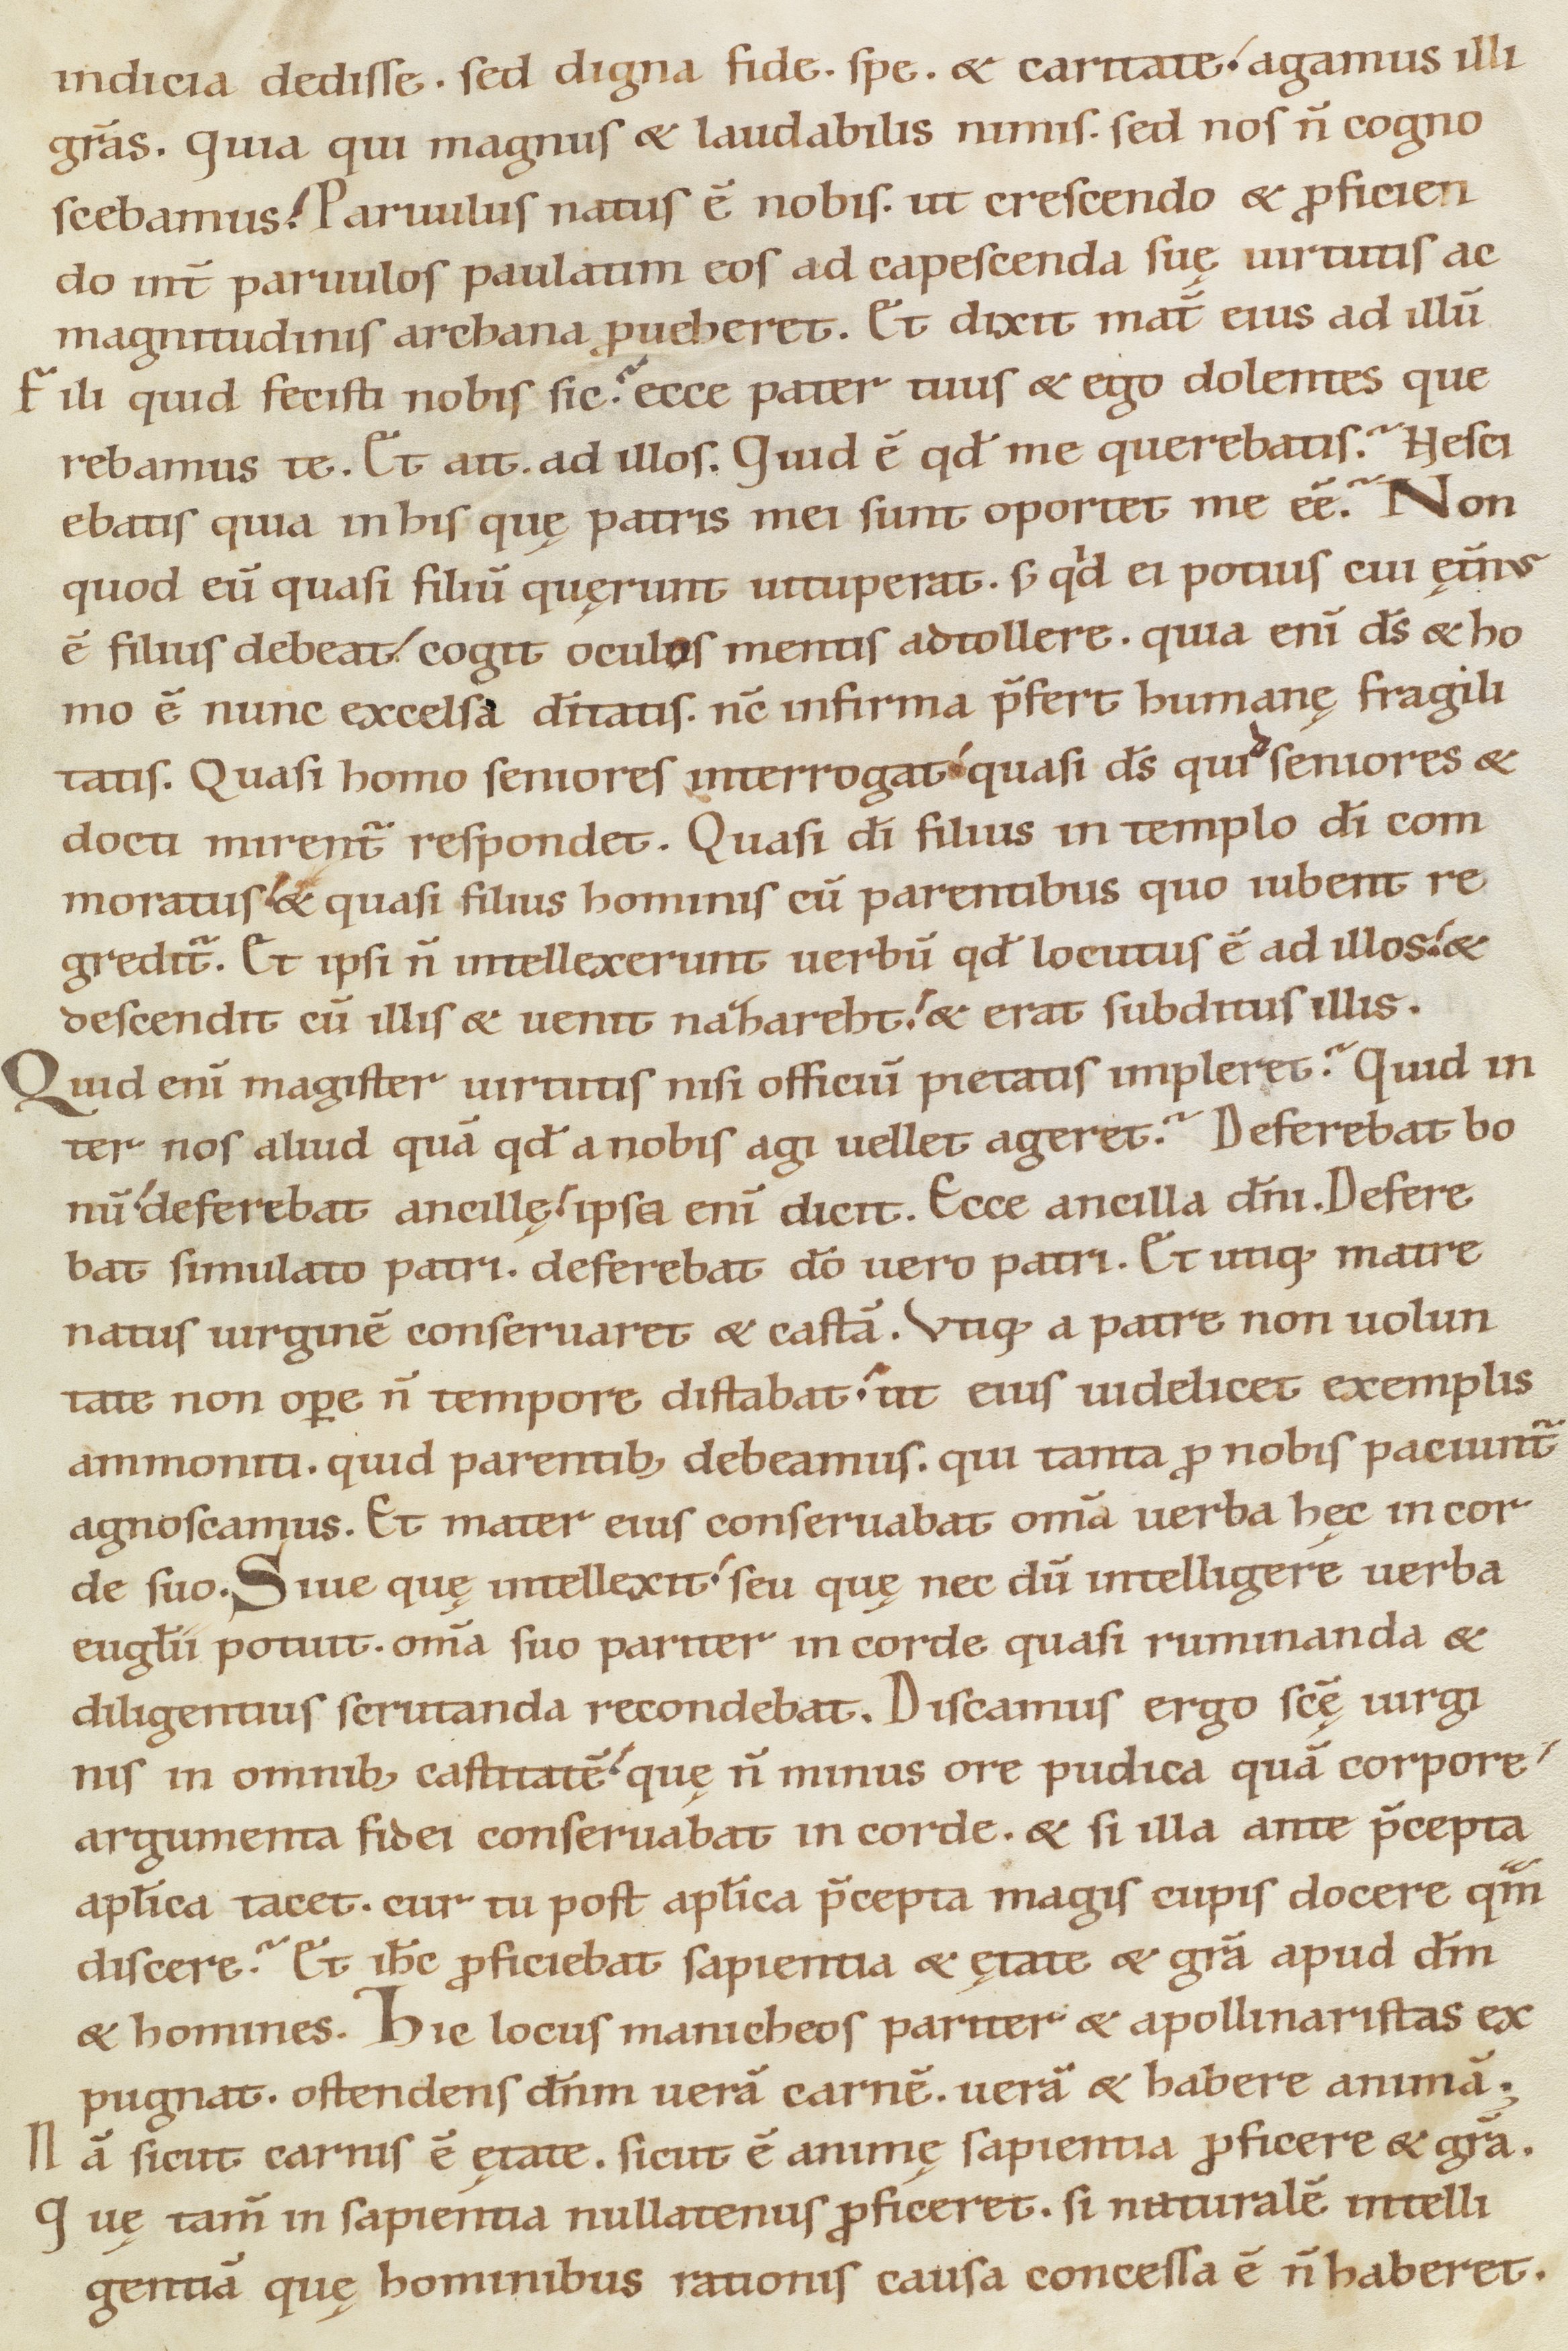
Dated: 1100–1199